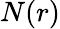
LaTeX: N(r)